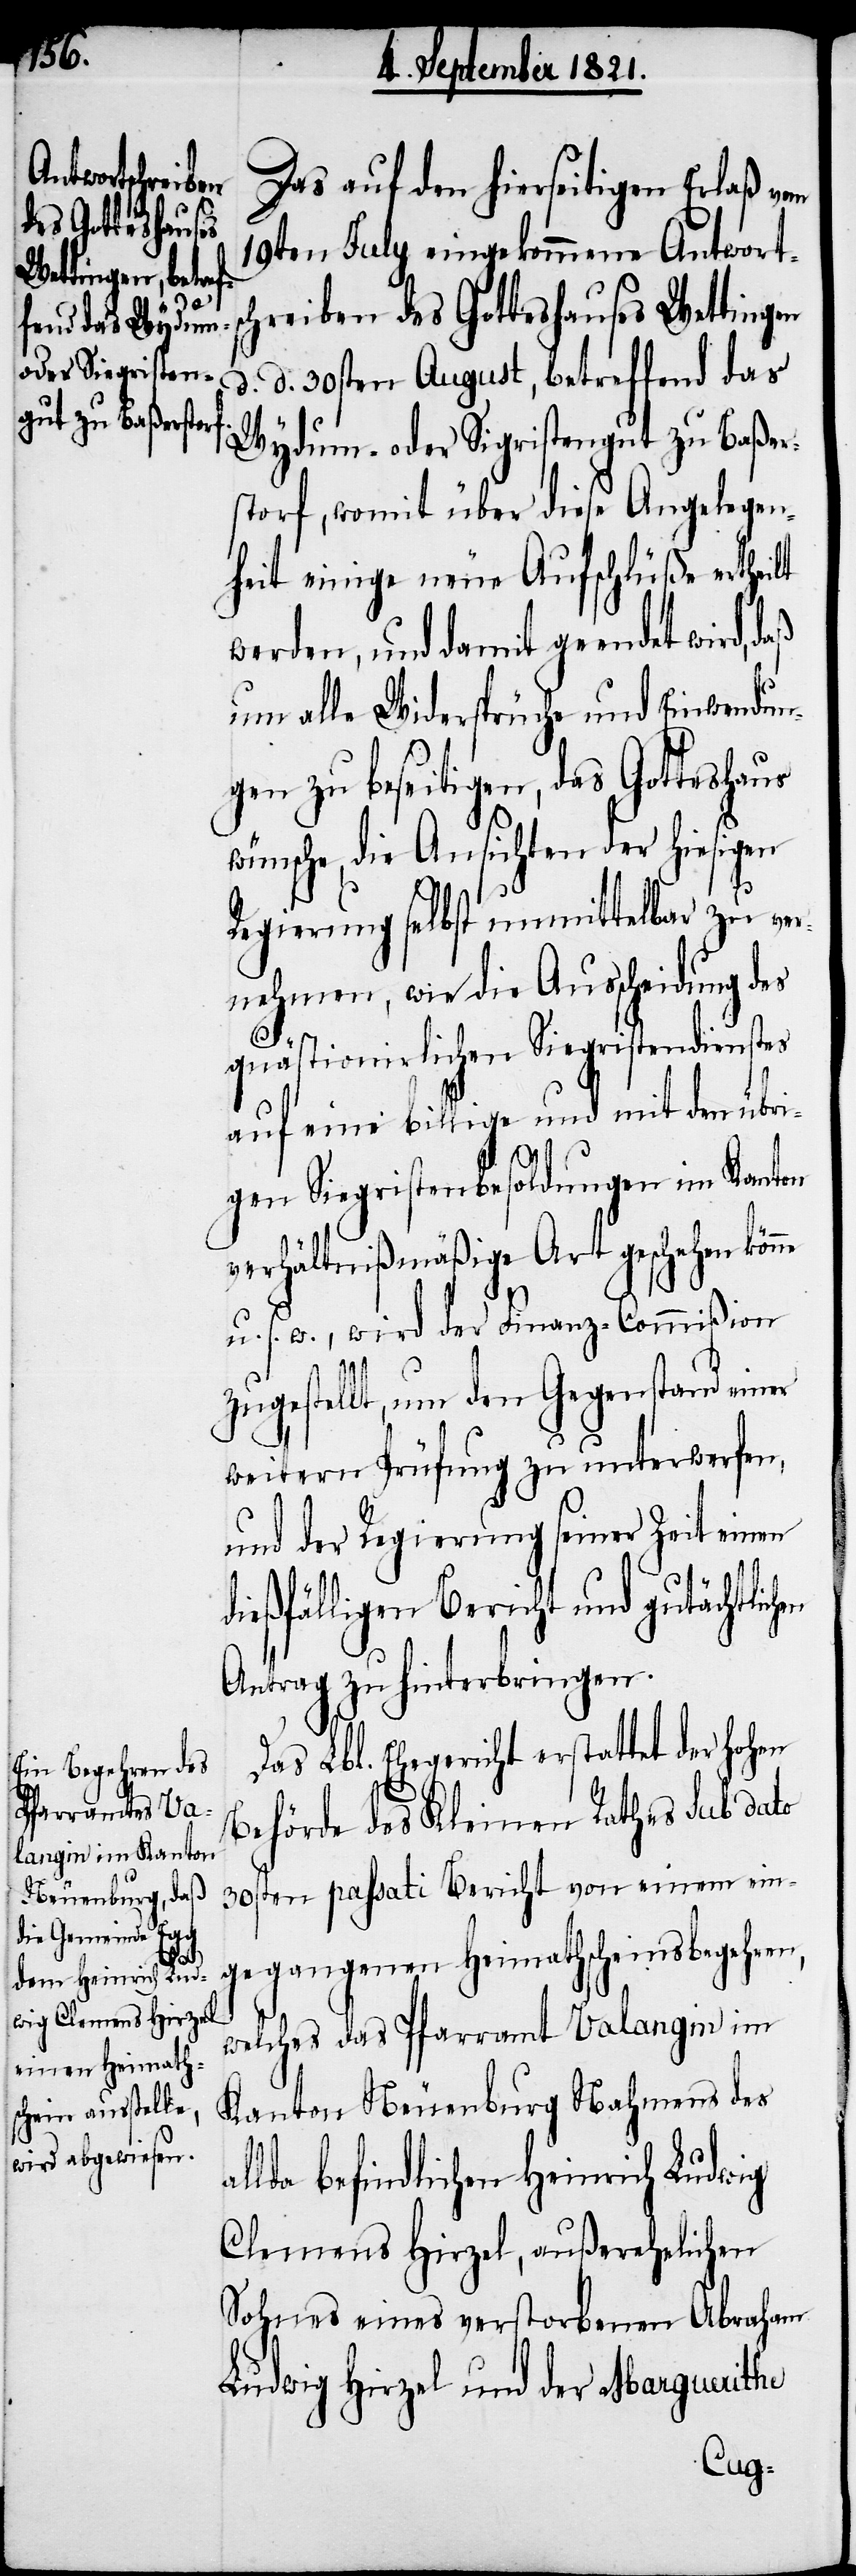
Das auf den hierseitigen Erlaß vom
19ten July eingekommene Antworts¬
chreiben des Gotteshauses Wettingen
d. 30sten August, betreffend das
Wydum- oder Sigristengut zu Baßer¬
storf, womit über diese Angelegen¬
heit einige neue Aufschlüße ertheilt
werden, und damit geendet wird,
um alle Widersprüche und Einwendun¬
gen zu beseitigen, das Gotteshaus
wünsche, die Ansichten der hiesigen
Regierung selbst unmittelbar zu ver¬
nehmen, wie die Ausscheidung des
al¬
quästionirlichen Siegristendienstes
auf eine billige und mit den übri¬
gen Siegristenbesoldungen im Kanton
verhältnißmäßige Art geschehen kön¬
u. s. w., wird der Finanz-Commißion
zugestellt, um den Gegenstand einer
weitern Prüfung zu unterwerfen,
und der Regierung seiner Zeit einen
dießfälligen Bericht und gutächtlich¬
Antrag zu hinterbringen.
Das Lbl. Ehegericht erstattet der hohen
Behörde des Kleinen Rathes sub dato
30sten passati Bericht von einem ein¬
gegangenen Heimathscheinsbegehren,
welches das Pfarramt Valangin im
Kanton Neuenburg Nahmens des
lda befindlichen Heinrich Ludwig
Clemens Hirzel, außerehelichen
Sohnes eines verstorbenen Abraham
Ludwig Hirzel und der Marguerithe